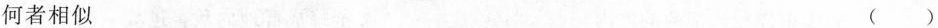
何者相似 （）